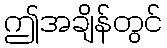
ဤအချိန်တွင်